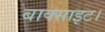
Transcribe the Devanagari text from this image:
बाक्साइट।